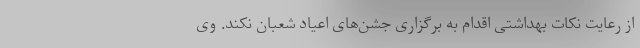
از رعایت نکات بهداشتی اقدام به برگزاری جشن‌های اعیاد شعبان نکند. وی